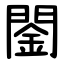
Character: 䦦